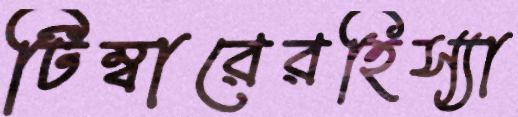
টিম্বারেরহিস্যা